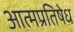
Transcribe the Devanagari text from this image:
आत्मप्रतिषेध